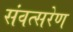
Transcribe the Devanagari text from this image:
संवत्सरेण